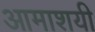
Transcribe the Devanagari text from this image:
आमाशयी